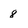
Character: 8